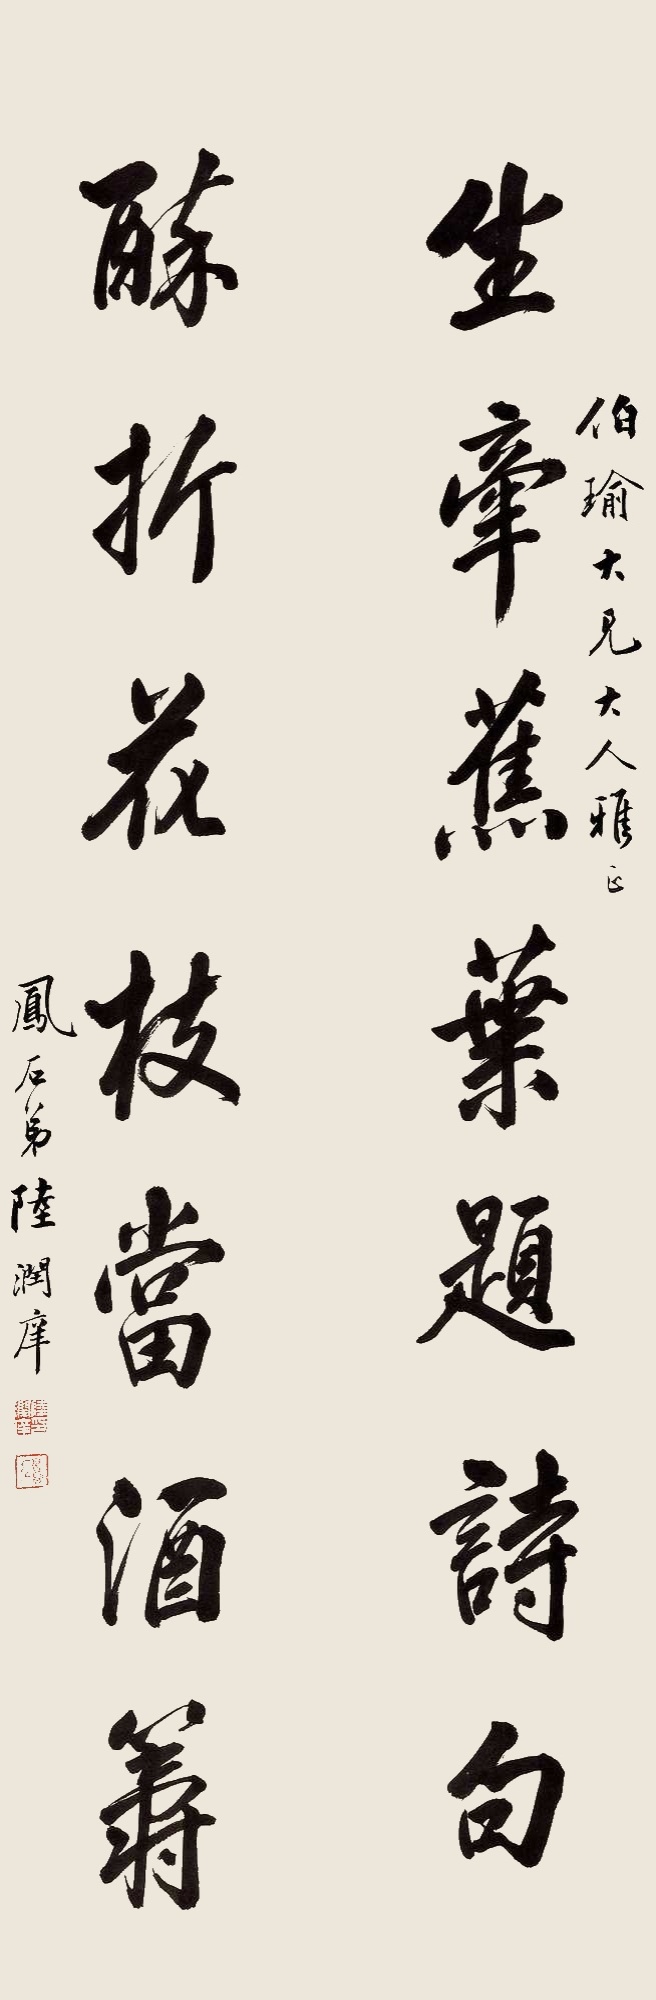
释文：生牵蕉叶题诗句，醉折花枝当酒筹。伯瑜大兄大人雅正，凤石弟陆润庠。